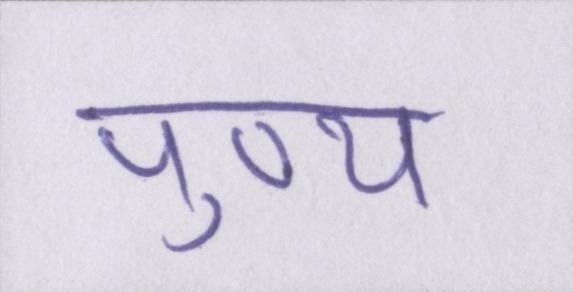
पुण्य